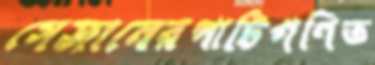
সেজানেরপাটিগণিত